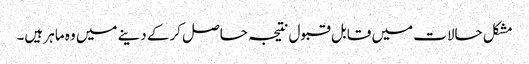
مشکل حالات میں قابل قبول نتیجہ حاصل کرکے دینے میں وہ ماہر ہیں۔